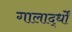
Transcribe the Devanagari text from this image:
गालार्द्धों